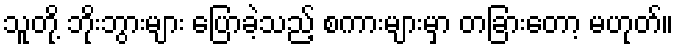
သူတို့ ဘိုးဘွားများ ပြောခဲ့သည့် စကားများမှာ တခြားတော့ မဟုတ်။